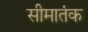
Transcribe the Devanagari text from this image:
सीमातंक